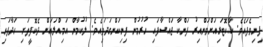
ފިނިވެފައެވެ. ކާކޮޓަރިއަށްވަންއިރު ފަންކާ ޖައްސާފައި ހުރުމުން ފިނިކަންގަދަވިއެވެ. ލުކުމާން އަމިއްލައަށް ދެކޮފީތަށި ހަދާފައި